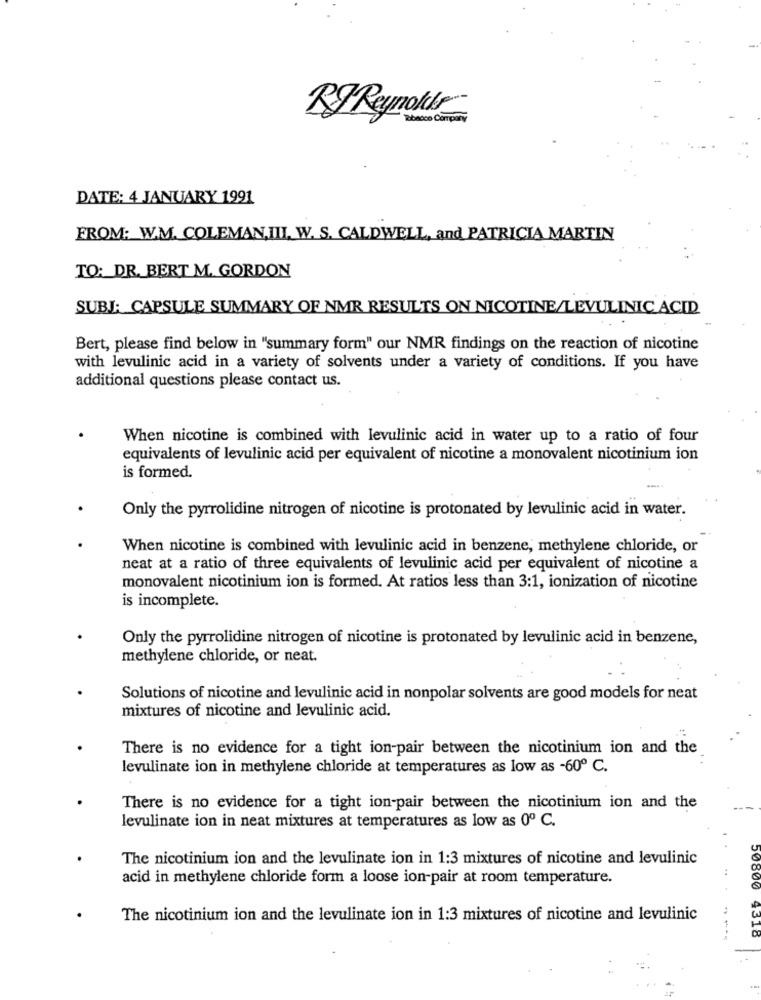
RJ Reynolds
DATE: 4 JANUARY 1991
FROM: W.M. COLEMAN,III, W. S. CALDWELL, and PATRICIA MARTIN
TO: DR. BERT M. GORDON
SUBJ: CAPSULE SUMMARY OF NMR RESULTS ON NICOTINE/LEVULINIC ACID
Bert, please find below in "summary form" our NMR findings on the reaction of nicotine
with levulinic acid in a variety of solvents under a variety of conditions. If you have
additional questions please contact us.
When nicotine is combined with levulinic acid in water up to a ratio of four
equivalents of levulinic acid per equivalent of nicotine a monovalent nicotinium ion
is formed.
--..
Only the pyrrolidine nitrogen of nicotine is protonated by levulinic acid in water.
When nicotine is combined with levulinic acid in benzene, methylene chloride, or
neat at a ratio of three equivalents of levulinic acid per equivalent of nicotine a
monovalent nicotinium ion is formed. At ratios less than 3:1, ionization of nicotine
is incomplete.
Only the pyrrolidine nitrogen of nicotine is protonated by levulinic acid in benzene,
methylene chloride, or neat.
Solutions of nicotine and levulinic acid in nonpolar solvents are good models for neat
mixtures of nicotine and levulinic acid.
There is no evidence for a tight ion-pair between the nicotinium ion and the
levulinate ion in methylene chloride at temperatures as low as -60º C.
There is no evidence for a tight ion-pair between the nicotinium ion and the
levulinate ion in neat mixtures at temperatures as low as 0º C.
The nicotinium ion and the levulinate ion in 1:3 mixtures of nicotine and levulinic
acid in methylene chloride form a loose ion-pair at room temperature.
50800
The nicotinium ion and the levulinate ion in 1:3 mixtures of nicotine and levulinic
9310